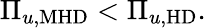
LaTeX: \Pi_{u,\mathrm{MHD}}<\Pi_{u,\mathrm{HD}}.